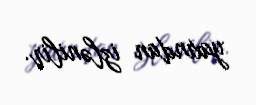
yaxından izlənilir.